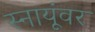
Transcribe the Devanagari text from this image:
स्नायूंवर